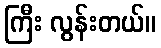
ကြီး လွန်းတယ်။